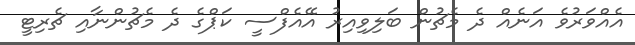
އެއްވަރުވެ އަނެއް ދެ މެޗުން ބަލިވިއިރު އޭއެފްސީ ކަޕްގެ ދެ މެޗުންނާއި ޗެރިޓީ